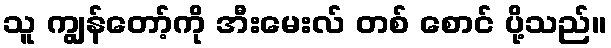
သူ ကျွန်တော့်ကို အီးမေးလ် တစ် စောင် ပို့သည်။